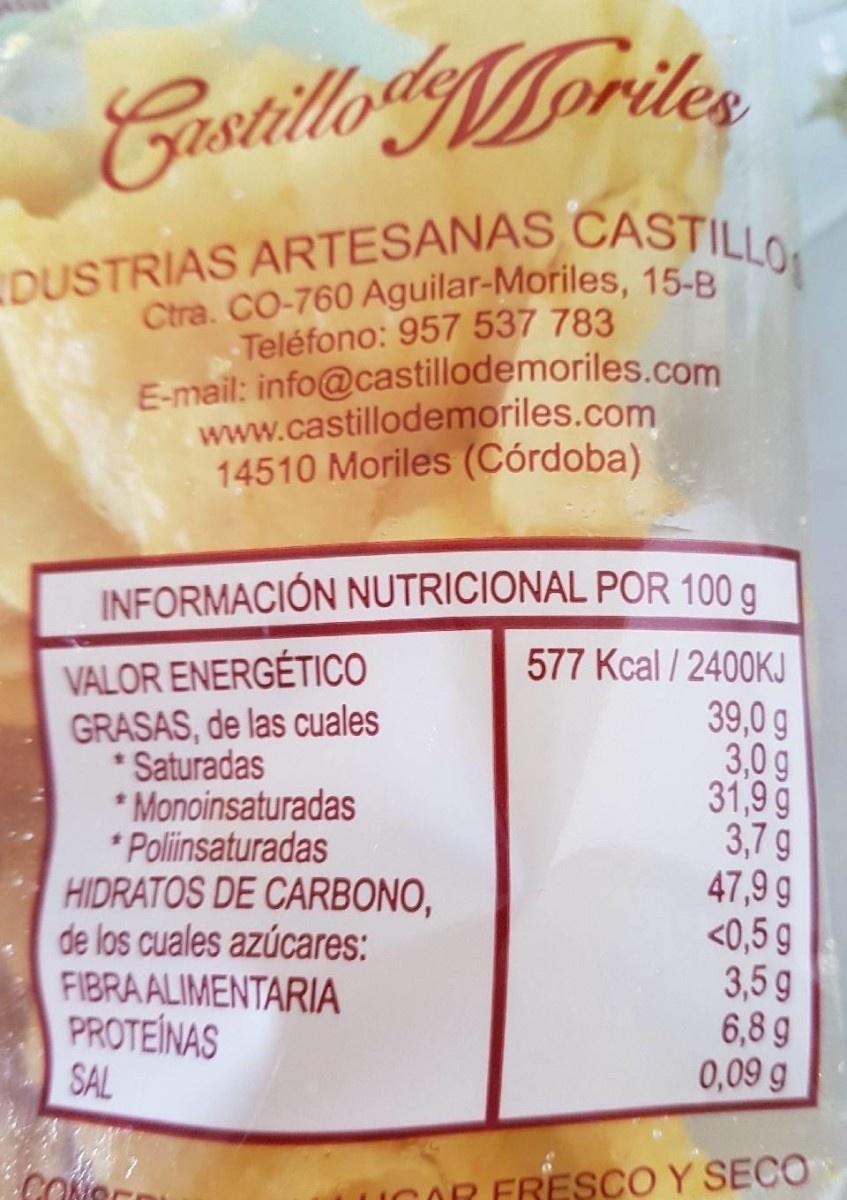
Castillo&Goriten DUSTRIAS ARTESANAS CASTILLO Ctra. CO-760 Aguilar-Moriles, 15-B Teléfono: 957 537 783 E-mail: info@castillodemoriles.com www.castillodemoriles.com 14510 Moriles (Córdoba) INFORMACIÓN NUTRICIONAL POR 100 g VALOR ENERGÉTICO GRASAS, de las cuales * Saturadas * Monoinsaturadas * Poliinsaturadas HIDRATOS DE CARBONO, de los cuales azúcares: FIBRA ALIMENTARIA PROTEÍNAS SAL 577 Kcal / 2400KJ 39,0 g 3,0 g 31,9 g 3,7 g 47,9 g <0,5 g 3,59 6,8 g 0,09 g R FRESCO Y SECO